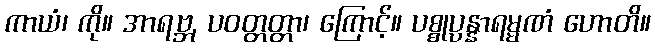
ကာယံ၊ ကို။ အာရဗ္ဘ, ပဝတ္တတ္တာ၊ ကြောင့်။ ပစ္စုပ္ပန္နာရမ္မဏံ ဟောတိ။